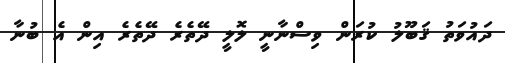
ދައުވަތު ޤަބޫލު ކުރަން ވިސްނާނީ ލޮލީ ދޭތެރެ ދޭތެރެ އިން އެ ބުނާ